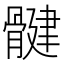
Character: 𫘳